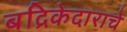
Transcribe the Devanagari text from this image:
बद्रिकेदाराचे